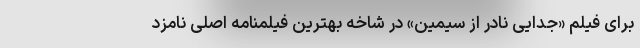
برای فیلم «جدایی نادر از سیمین» در شاخه بهترین فیلمنامه اصلی نامزد